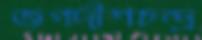
জগদীশচন্দ্র